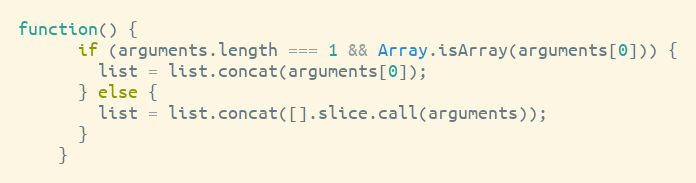
Language: JavaScript
function() {
      if (arguments.length === 1 && Array.isArray(arguments[0])) {
        list = list.concat(arguments[0]);
      } else {
        list = list.concat([].slice.call(arguments));
      }
    }